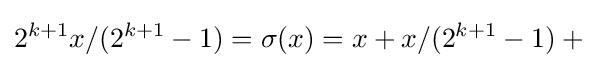
2^{k+1}x/(2^{k+1}-1)=\sigma (x)=x+x/(2^{k+1}-1)+{}